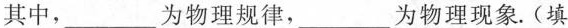
其中，___为物理规律，___为物理现象.(填